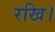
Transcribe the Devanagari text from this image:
रखि।